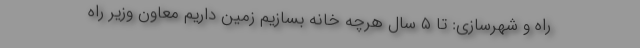
راه و شهرسازی: تا ۵ سال هرچه خانه بسازیم زمین داریم معاون وزیر راه